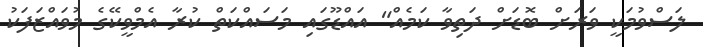
ލަސްވުމަކީ ވަރަށް ބޮޑަށް ދަތިވާ ކަމެއް" އައްޑޫގައި މަސައްކަތް ކުރާ އެމްވީކޭގެ މުވައްޒަފަކު